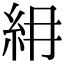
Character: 𥾢